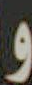
و